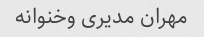
مهران مدیری وخنوانه